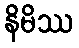
နိမိဿ